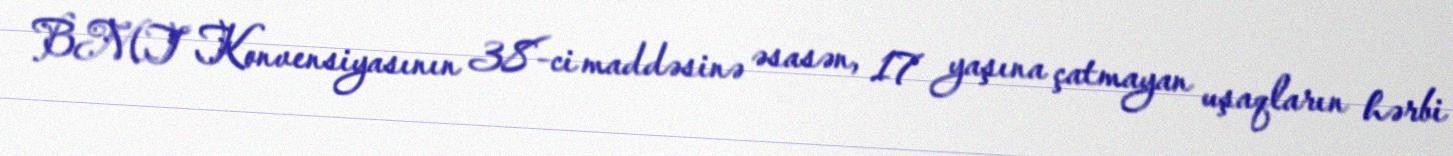
BMT Konvensiyasının 38-ci maddəsinə əsasən, 17 yaşına çatmayan uşaqların hərbi